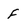
Character: f